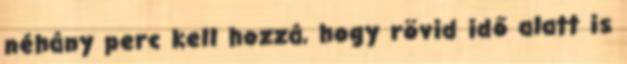
néhány perc kell hozzá, hogy rövid idő alatt is